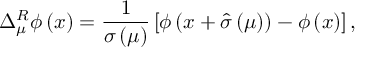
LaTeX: \Delta _ { \mu } ^ { R } \phi \left( x \right) = { \frac { 1 } { \sigma \left( \mu \right) } } \left[ \phi \left( x + \hat { \sigma } \left( \mu \right) \right) - \phi \left( x \right) \right] ,